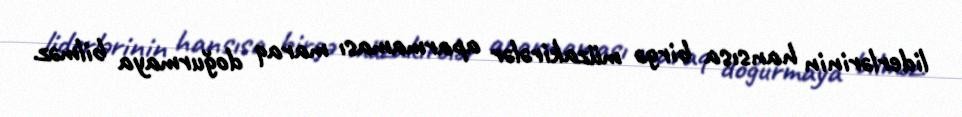
liderlərinin hansısa birgə müzakirələr aparmaması maraq doğurmaya bilməz.